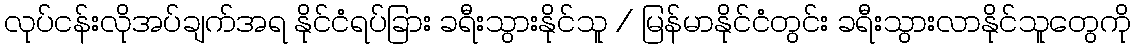
လုပ်ငန်းလိုအပ်ချက်အရ နိုင်ငံရပ်ခြား ခရီးသွားနိုင်သူ / မြန်မာနိုင်ငံတွင်း ခရီးသွားလာနိုင်သူတွေကို